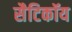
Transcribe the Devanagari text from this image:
सैटिकॉय